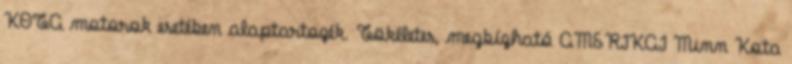
KOTA motorok esetében alaptartozék. Tökéletes, megbízható AMERIKAI Minn Kota